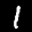
Label: 1